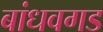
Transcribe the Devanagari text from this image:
बांधवगड